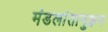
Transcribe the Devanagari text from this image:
मंडलांतानुक्रम